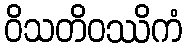
ဝိသတိဝဿိကံ